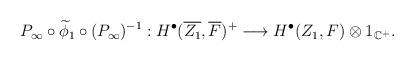
LaTeX: \begin{align*}\begin{aligned}P_{\infty}\circ\widetilde{\phi}_{1}\circ (P_{\infty})^{-1}:H^{\bullet}(\overline{Z_{1}}, \overline{F})^{+}\longrightarrow H^{\bullet}(Z_{1}, F)\otimes 1_{\mathbb{C}^{+}}.\end{aligned}\end{align*}